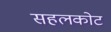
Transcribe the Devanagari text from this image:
सहलकोट